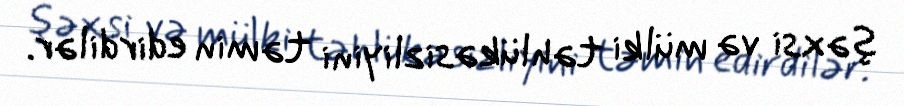
şəxsi və mülki təhlükəsizliyini təmin edirdilər.